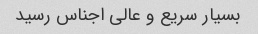
بسیار سریع و عالی اجناس رسید